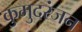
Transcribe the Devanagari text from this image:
कुमुदरंजन